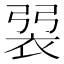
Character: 𧙭